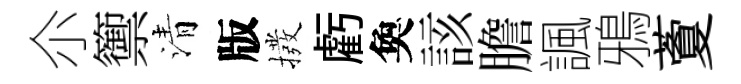
尒籞清版撥虧奐該膽諷鴉藑